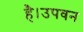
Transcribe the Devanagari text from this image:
है।उपवन